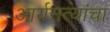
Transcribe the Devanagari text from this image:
आर्यसत्यांचा